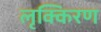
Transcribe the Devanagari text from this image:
लृक्किरण